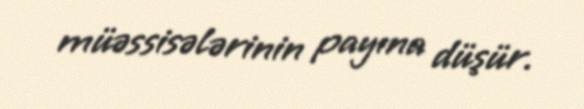
müəssisələrinin payına düşür.